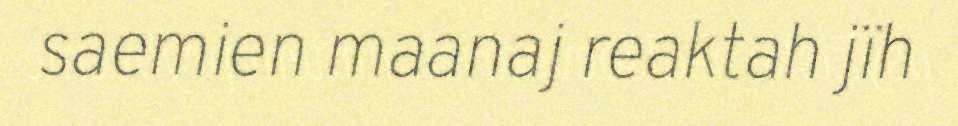
saemien maanaj reaktah jïh